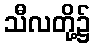
သီလတို့၌